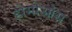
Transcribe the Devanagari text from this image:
होमोओस